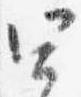
四